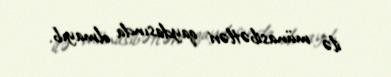
ilə münasibətləri qaydasında olmayıb.